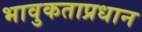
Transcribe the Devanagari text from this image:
भावुकताप्रधान